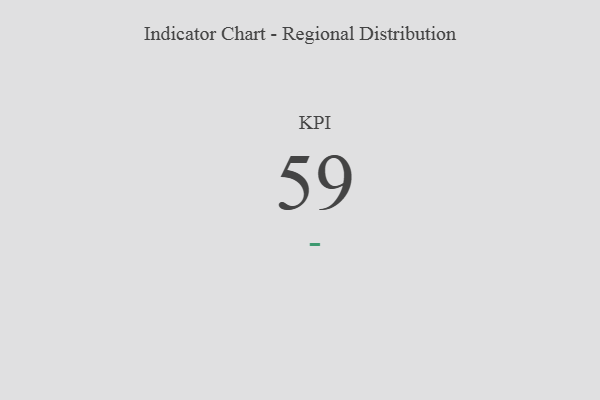
{"axis": {"x": "KPI", "y": "Value"}, "legend": [""], "data": [{"x": "KPI", "y": 59, "type": ""}]}